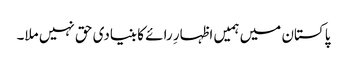
پاکستان میں ہمیں اظہارِ رائے کا بنیادی حق نہیں ملا۔